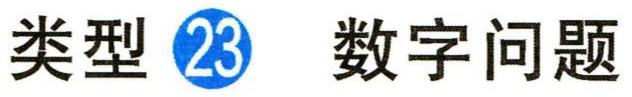
类型 \textcircled{23} 数字问题